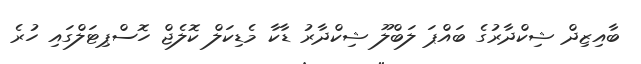
ބާއިޒިދް ޝިކްދާރުގެ ބައްޕަ ލަބްލޫ ޝިކްދާރު ޑާކާ މެޑިކަލް ކޮލެޖް ހޮސްޕިޓަލްގައި ހުރެ